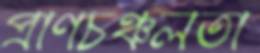
প্রাণচঞ্চলতা